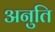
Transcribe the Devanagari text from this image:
अनुति